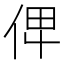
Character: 𠈷